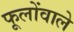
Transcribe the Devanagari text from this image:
फूलोंवाले